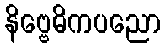
နိဗ္ဗေဓိကပညော